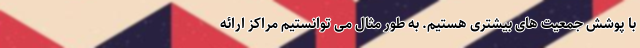
با پوشش جمعیت های بیشتری هستیم. به طور مثال می توانستیم مراکز ارائه